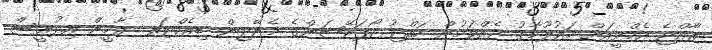
ރާއްޖެ އެމްވީއަށް މައުލޫމާތު ދެއްވަމުން ހައްޖު ކޯޕަރޭޝަންގެ މެނޭޖިން ޑިރެކްޓަރ ޔާމީން އިދުރީސް